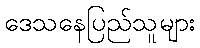
ဒေသနေပြည်သူများ